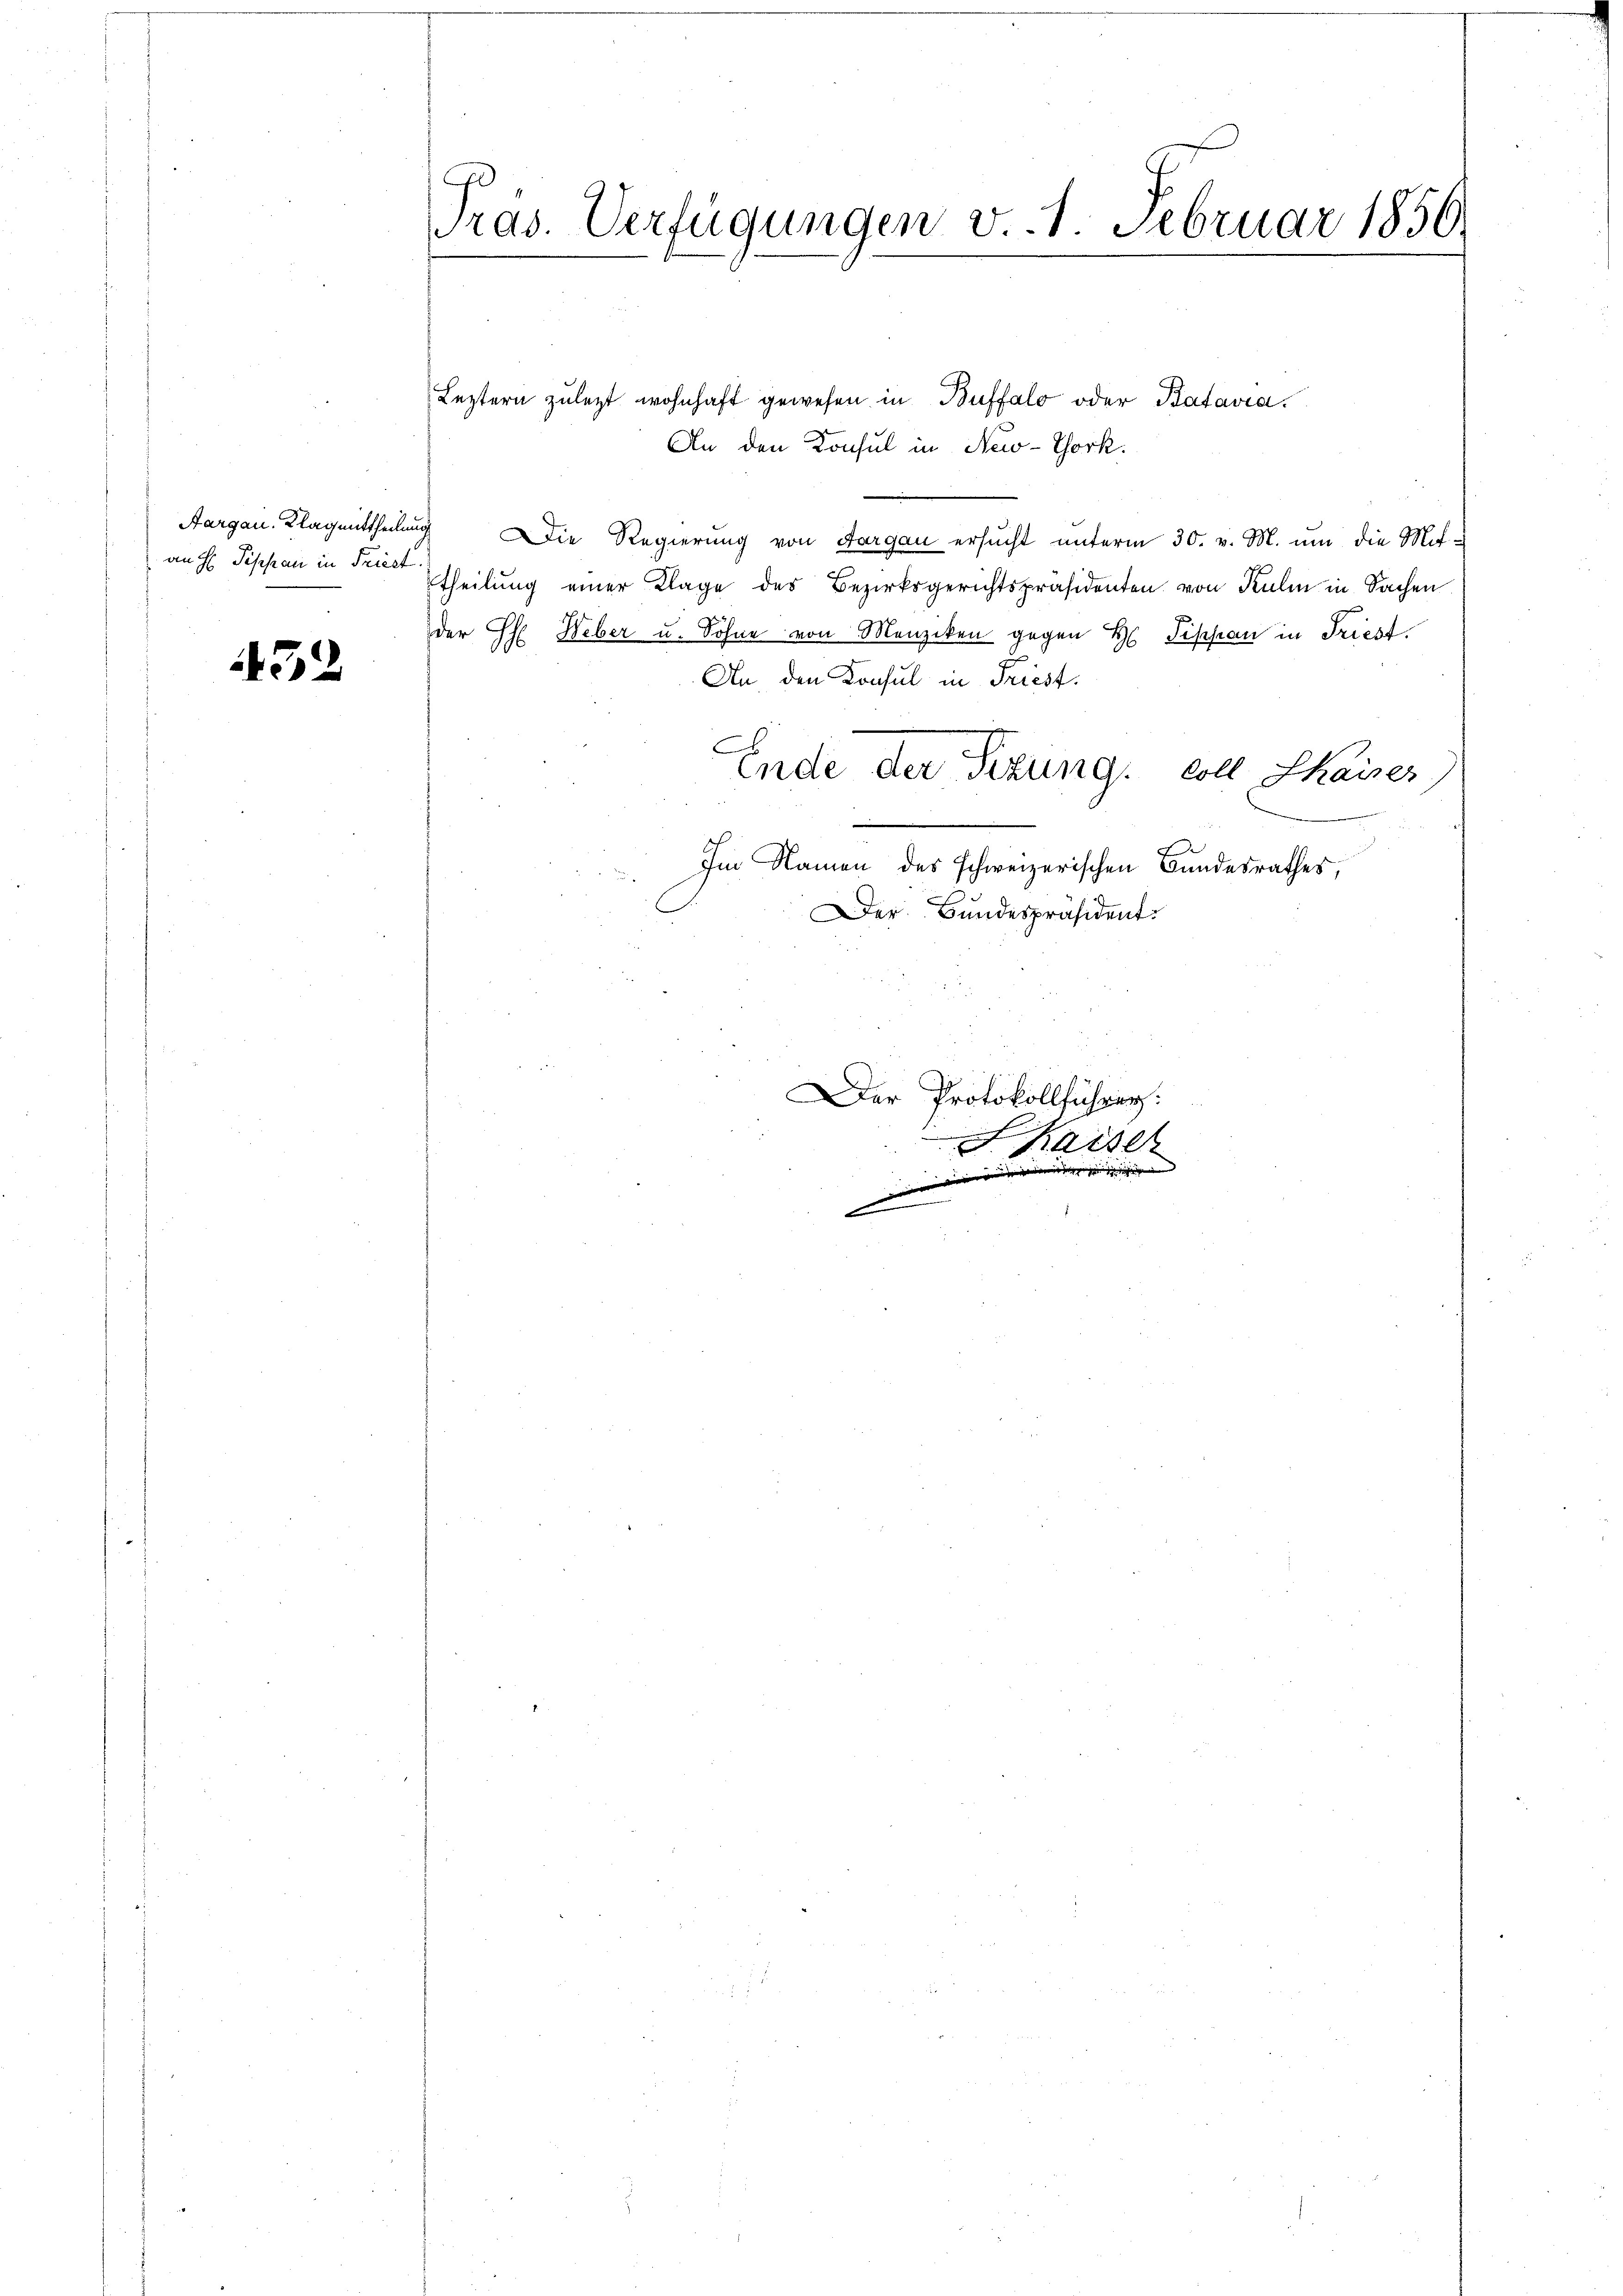
an H. Fischen in Frist.

432

Präs. Verfügungen v. 1. Februar 1856.

Leztern zuletzt wohnhaft gewesen in Buffalo oder Batavia.
An den Konsul in New-York.
Aargau. Klagmittheilung Die Regierung von Aargau ersŭcht ŭnterm 30. v. M. ŭm die Mit-
theilung einer Klage des Bezirksgerichtspräsidenten von Kulm in Sachen
der H. Weber u. Söhne von Menziken gegen H Siphan in Triest
An den Konsul in Friest.
A
Ende der Sitzung coll Shaiser
Im Namen des schweizerischen Bundesrathes,
Der Bundespräsident.

Der Protokollführer:

Kaiser
 |